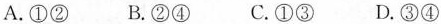
A.①② B.②④ C.①③ D.③④